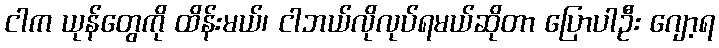
ငါက ယုန်တွေကို ထိန်းမယ်၊ ငါဘယ်လိုလုပ်ရမယ်ဆိုတာ ပြောပါဦး ဂျော့ရ